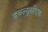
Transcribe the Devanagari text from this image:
डबल्यूसीएफ